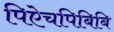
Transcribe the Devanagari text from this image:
पिऐचपिबिबि